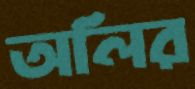
অলির